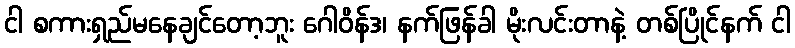
ငါ စကားရှည်မနေချင်တော့ဘူး ဂေါဝိန်ဒ၊ နက်ဖြန်ခါ မိုးလင်းတာနဲ့ တစ်ပြိုင်နက် ငါ